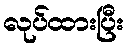
လုပ်ထားပြီး